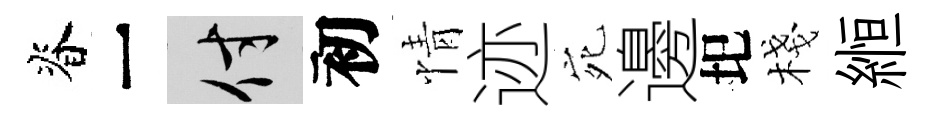
脊一付初情迹宛邊圯棧縆